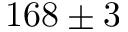
1 6 8 \pm 3